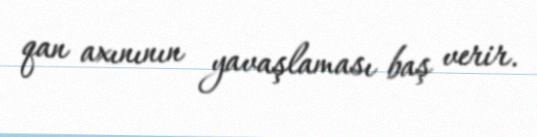
qan axınının yavaşlaması baş verir.